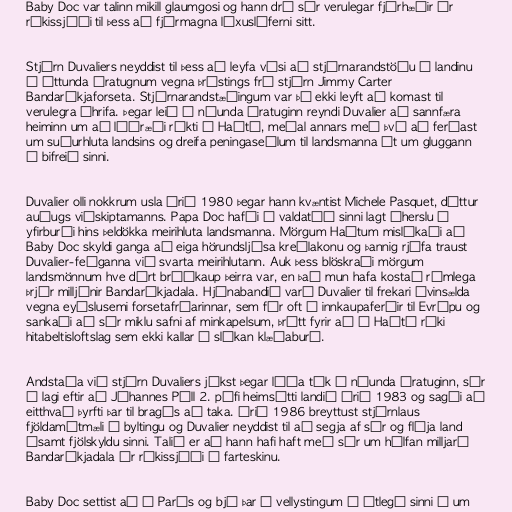
Baby Doc var talinn mikill glaumgosi og hann dró sér verulegar fjárhæðir úr
ríkissjóði til þess að fjármagna lúxuslíferni sitt.

Stjórn Duvaliers neyddist til þess að leyfa vísi að stjórnarandstöðu í landinu
á áttunda áratugnum vegna þrýstings frá stjórn Jimmy Carter
Bandaríkjaforseta. Stjórnarandstæðingum var þó ekki leyft að komast til
verulegra áhrifa. Þegar leið á níunda áratuginn reyndi Duvalier að sannfæra
heiminn um að lýðræði ríkti á Haítí, meðal annars með því að ferðast
um suðurhluta landsins og dreifa peningaseðlum til landsmanna út um gluggann
á bifreið sinni.

Duvalier olli nokkrum usla árið 1980 þegar hann kvæntist Michele Pasquet, dóttur
auðugs viðskiptamanns. Papa Doc hafði á valdatíð sinni lagt áherslu á
yfirburði hins þeldökka meirihluta landsmanna. Mörgum Haítum mislíkaði að
Baby Doc skyldi ganga að eiga hörundsljósa kreólakonu og þannig rjúfa traust
Duvalier-feðganna við svarta meirihlutann. Auk þess blöskraði mörgum
landsmönnum hve dýrt brúðkaup þeirra var, en það mun hafa kostað rúmlega
þrjár milljónir Bandaríkjadala. Hjónabandið varð Duvalier til frekari óvinsælda
vegna eyðslusemi forsetafrúarinnar, sem fór oft í innkaupaferðir til Evrópu og
sankaði að sér miklu safni af minkapelsum, þrátt fyrir að í Haítí ríki
hitabeltisloftslag sem ekki kallar á slíkan klæðaburð.

Andstaða við stjórn Duvaliers jókst þegar líða tók á níunda áratuginn, sér
í lagi eftir að Jóhannes Páll 2. páfi heimsótti landið árið 1983 og sagði að
eitthvað þyrfti þar til bragðs að taka. Árið 1986 breyttust stjórnlaus
fjöldamótmæli í byltingu og Duvalier neyddist til að segja af sér og flýja land
ásamt fjölskyldu sinni. Talið er að hann hafi haft með sér um hálfan milljarð
Bandaríkjadala úr ríkissjóði í farteskinu.

Baby Doc settist að í París og bjó þar í vellystingum í útlegð sinni í um